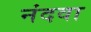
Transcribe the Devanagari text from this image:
नंदवा